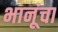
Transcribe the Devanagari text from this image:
भानूंचा